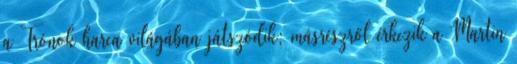
a Trónok harca világában játszódik; másrészről érkezik a Martin